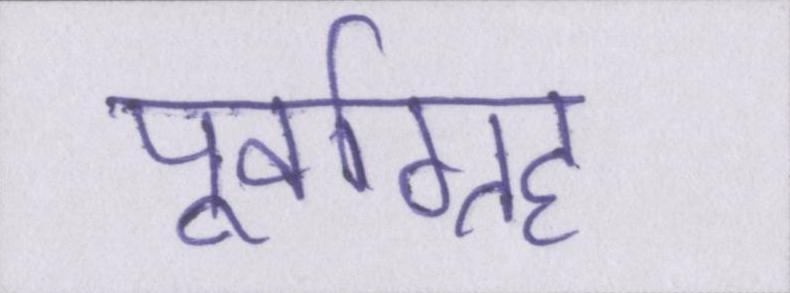
पूर्वाग्रह